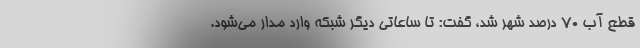
قطع آب 70 درصد شهر شد، گفت: تا ساعاتی دیگر شبکه وارد مدار می‌شود.